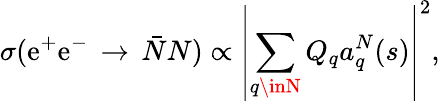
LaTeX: \sigma(\mathrm{e}^{+}\mathrm{e}^{-}\, \rightarrow\, \bar{{N}}N)\propto\displaystyle\left\vert\sum_{q\inN}Q_{q}a_{q}^{N}(s)\right\vert^{2},